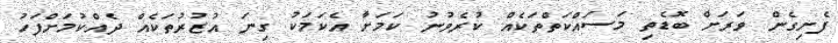
ފެށިގެން ވަރަށް ބޮޑެތި މަސައްކަތްތަކެއް ކުރެވުނު ކަމަށާ އެކަމަކު ގިނަ އުޒުރުތަކެއް ދެއްކުމަށްފަހު